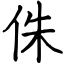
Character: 侏